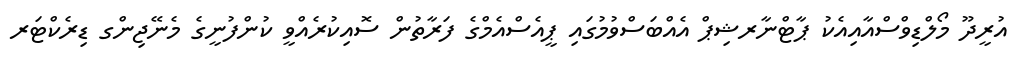
އުރީދޫ މޯލްޑިވްސްއާއިއެކު ޕާޓްނާރޝިޕް އެއްބަސްވުމުގައި ޕީއެސްއެމްގެ ފަރާތުން ސޮއިކުރެއްވީ ކުންފުނީގެ މެނޭޖިންގ ޑިރެކްޓަރ